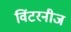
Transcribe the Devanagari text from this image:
विंटरनीज